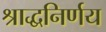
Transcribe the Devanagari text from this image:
श्राद्धनिर्णय